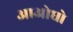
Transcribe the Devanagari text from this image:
आओघो